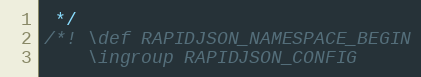
Language: C
 */
/*! \def RAPIDJSON_NAMESPACE_BEGIN
    \ingroup RAPIDJSON_CONFIG